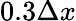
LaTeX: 0.3\Delta x